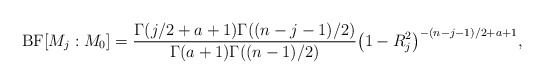
\begin{align*} \operatorname{BF}[M_j: M_0] =\frac{\Gamma (j/2+a+1 ) \Gamma ((n-j-1)/2 )}{\Gamma (a+1 )\Gamma ((n-1)/2 )} \bigl(1 - R_j^2 \bigr)^{-(n-j-1)/2+a+1},\end{align*}